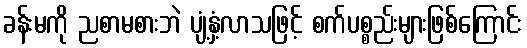
ခန်းမကို ညစာမစားဘဲ ပျံ့နှံ့လာသဖြင့် စက်ပစ္စည်းများဖြစ်ကြောင်း